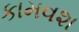
કામવશ